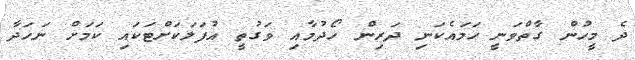
ދެ މީހުން ގާތްވަނީ ހަމައެކަނި ދަރިން ހޯދުމާއި ވަގުތީ އުފަލަކަށްޓަކައި ކަމަށް ނަހަދާ